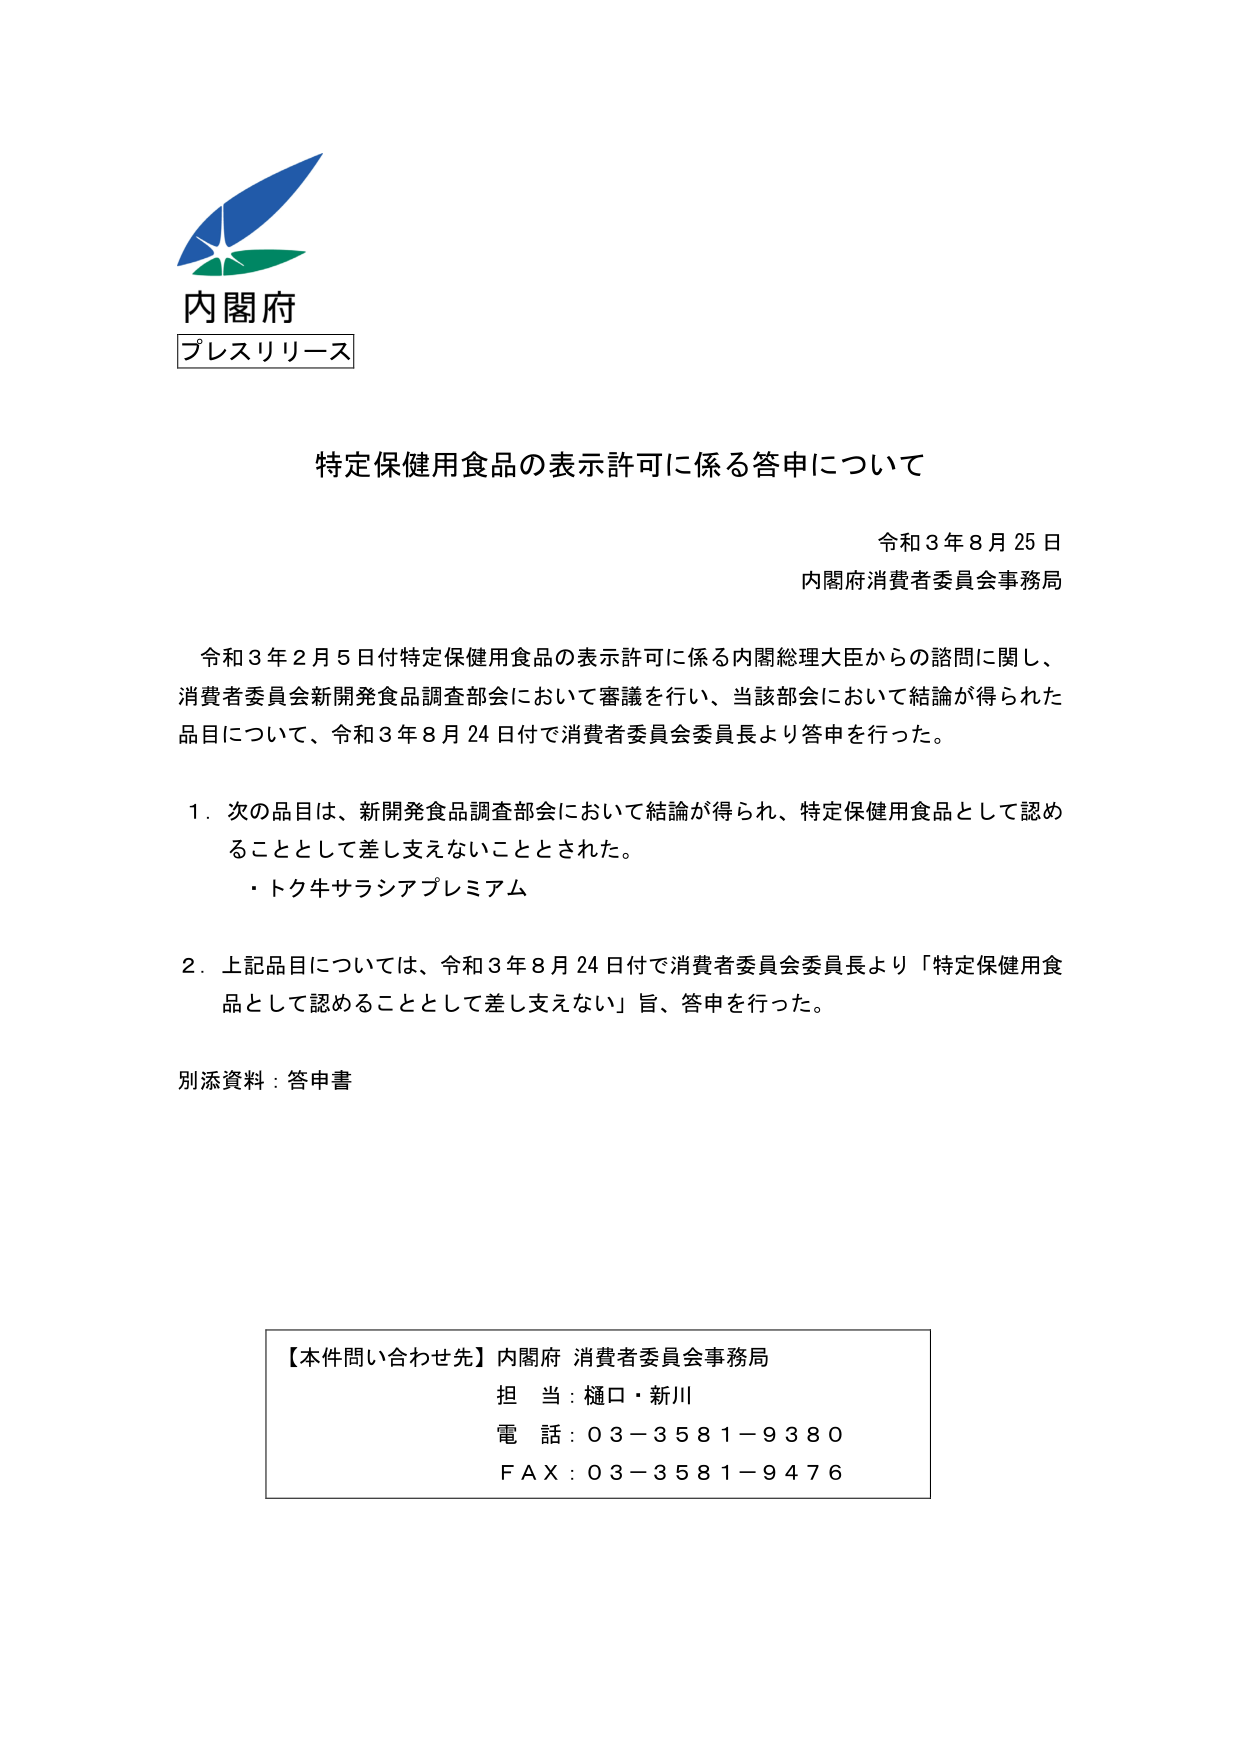
内閣府
プレスリリース

特定保健用食品の表示許可に係る答申について

令和3年8月25日
内閣府消費者委員会事務局

令和3年2月5日付特定保健用食品の表示許可に係る内閣総理大臣からの諮問に関し、
消費者委員会新開発食品調査部会において審議を行い、当該部会において結論が得られた
品目について、令和3年8月24日付で消費者委員会委員長より答申を行った。

1．次の品目は、新開発食品調査部会において結論が得られ、特定保健用食品として認め
ることとして差し支えないこととされた。
・トク牛サラシアプレミアム

2．上記品目については、令和3年8月24日付で消費者委員会委員長より「特定保健用食
品として認めることとして差し支えない」旨、答申を行った。

別添資料：答申書

【本件問い合わせ先】内閣府 消費者委員会事務局
担当：樋口・新川
電話：03－3581－9380
FAX：03－3581－9476